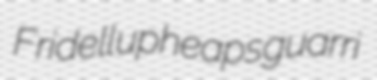
Fridell upheaps guarri